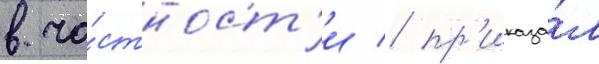
в ча́стност'и / пр'иказа́л